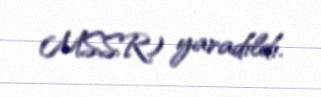
MSSR) yaradıldı.